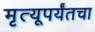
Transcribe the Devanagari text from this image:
मृत्यूपर्यंतचा